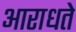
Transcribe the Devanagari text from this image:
आराधते